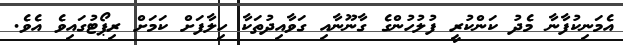
އެމަނިކުފާނާ މެދު ކަންކުރީ ފުލުހުންގެ ގާނޫނާއި ގަވާއިދުތަކާ ހިލާފަށް ކަމަށް ރިޕޯޓުގައިވެ އެވެ.